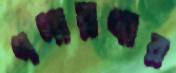
পগারপার